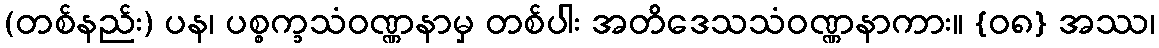
(တစ်နည်း) ပန၊ ပစ္စက္ခသံဝဏ္ဏနာမှ တစ်ပါး အတိဒေသသံဝဏ္ဏနာကား။ {၀၈} အဿ၊